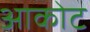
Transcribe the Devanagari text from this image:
आकोट